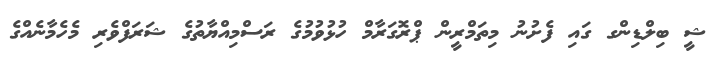
ޝީ ބިލްޑިންގ ގައި ފެށުނު މިތަމްރީން ޕްރޮގަރާމް ހުޅުވުމުގެ ރަސްމިއްޔާތުގެ ޝަރަފްވެރި މެހެމާނެއްގެ